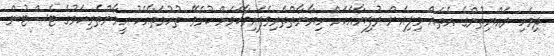
ދިވެހި ރައްޔިތުންގެ އެތައް މިލިއަން ރުފިޔާއަކަށް ހިޔާނާތްތެރިވެފައިވާކަމަށް ކުރެވޭ ތުހުމަތާއެކު އީމާންތެރިކަމުގެ ޓެސްޓުން